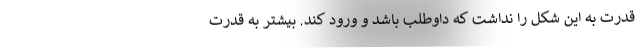
قدرت به این شکل را نداشت که داوطلب باشد و ورود کند. بیشتر به قدرت